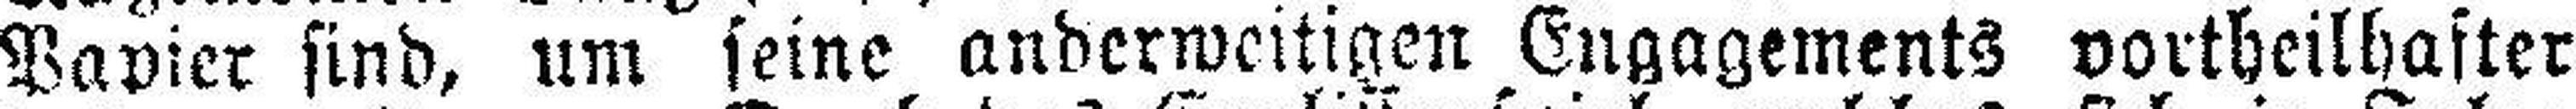
Papier sind, um seine anderweitigen Engagements vortbeilhaster